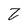
Character: Z